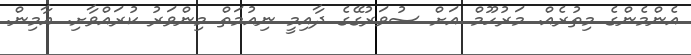
އެންމެންގެ މިތުރެއް. މަރުހޫމް އަށް ސުވަރުގޭގެ ދާއިމީ ނިއުމަތް މިންވަރު ކުރައްވާށި. އާމިން.